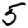
Digit: 5